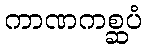
ကာဏကစ္ဆပံ